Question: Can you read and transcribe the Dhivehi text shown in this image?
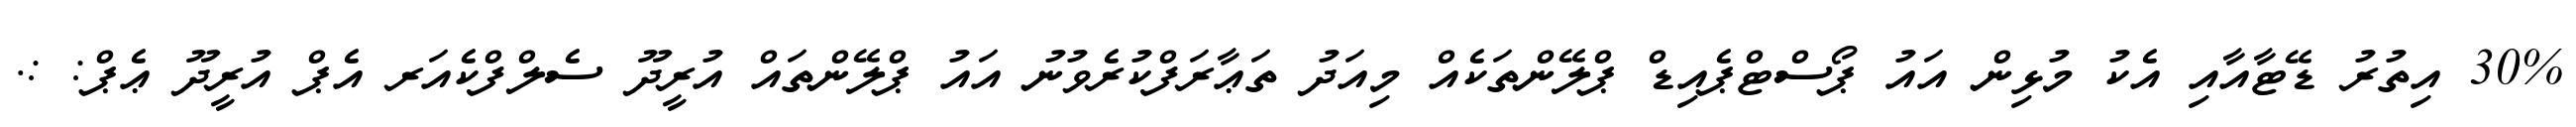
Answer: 30% އިތުރު ޑޭޓާއާއި އެކު މުޅިން އައު ޕޯސްޓްޕެއިޑް ޕްލޭންތަކެއް މިއަދު ތަޢާރަފްކުރެވުނު އައު ޕްލޭންތައް އުރީދޫ ސެލްފްކެއަރ އެޕް އުރީދޫ ޢެޕް: :.